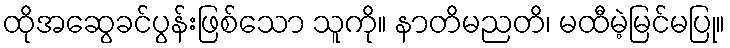
ထိုအဆွေခင်ပွန်းဖြစ်သော သူကို။ နာတိမညတိ၊ မထီမဲ့မြင်မပြု။